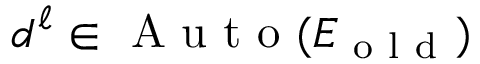
d ^ { \ell } \in \mathrm { ~ A ~ u ~ t ~ o ~ } ( E _ { \mathrm { ~ o ~ l ~ d ~ } } )